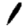
Digit: 1